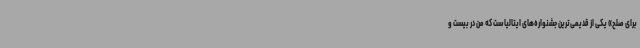
برای صلح» یکی از قدیمی‌ترین جشنواره‌های ایتالیاست که من در بیست و